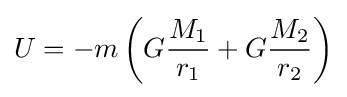
U=-m\left(G{\frac {M_{1}}{r_{1}}}+G{\frac {M_{2}}{r_{2}}}\right)